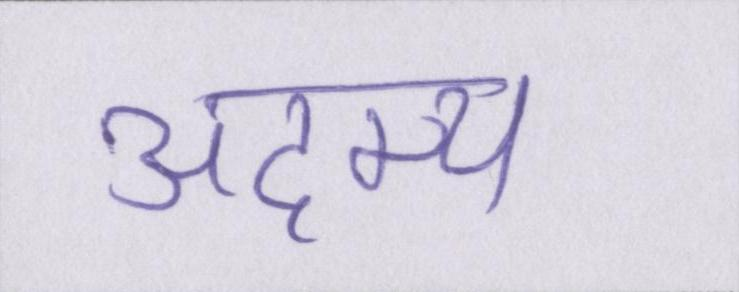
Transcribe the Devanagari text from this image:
अदम्य